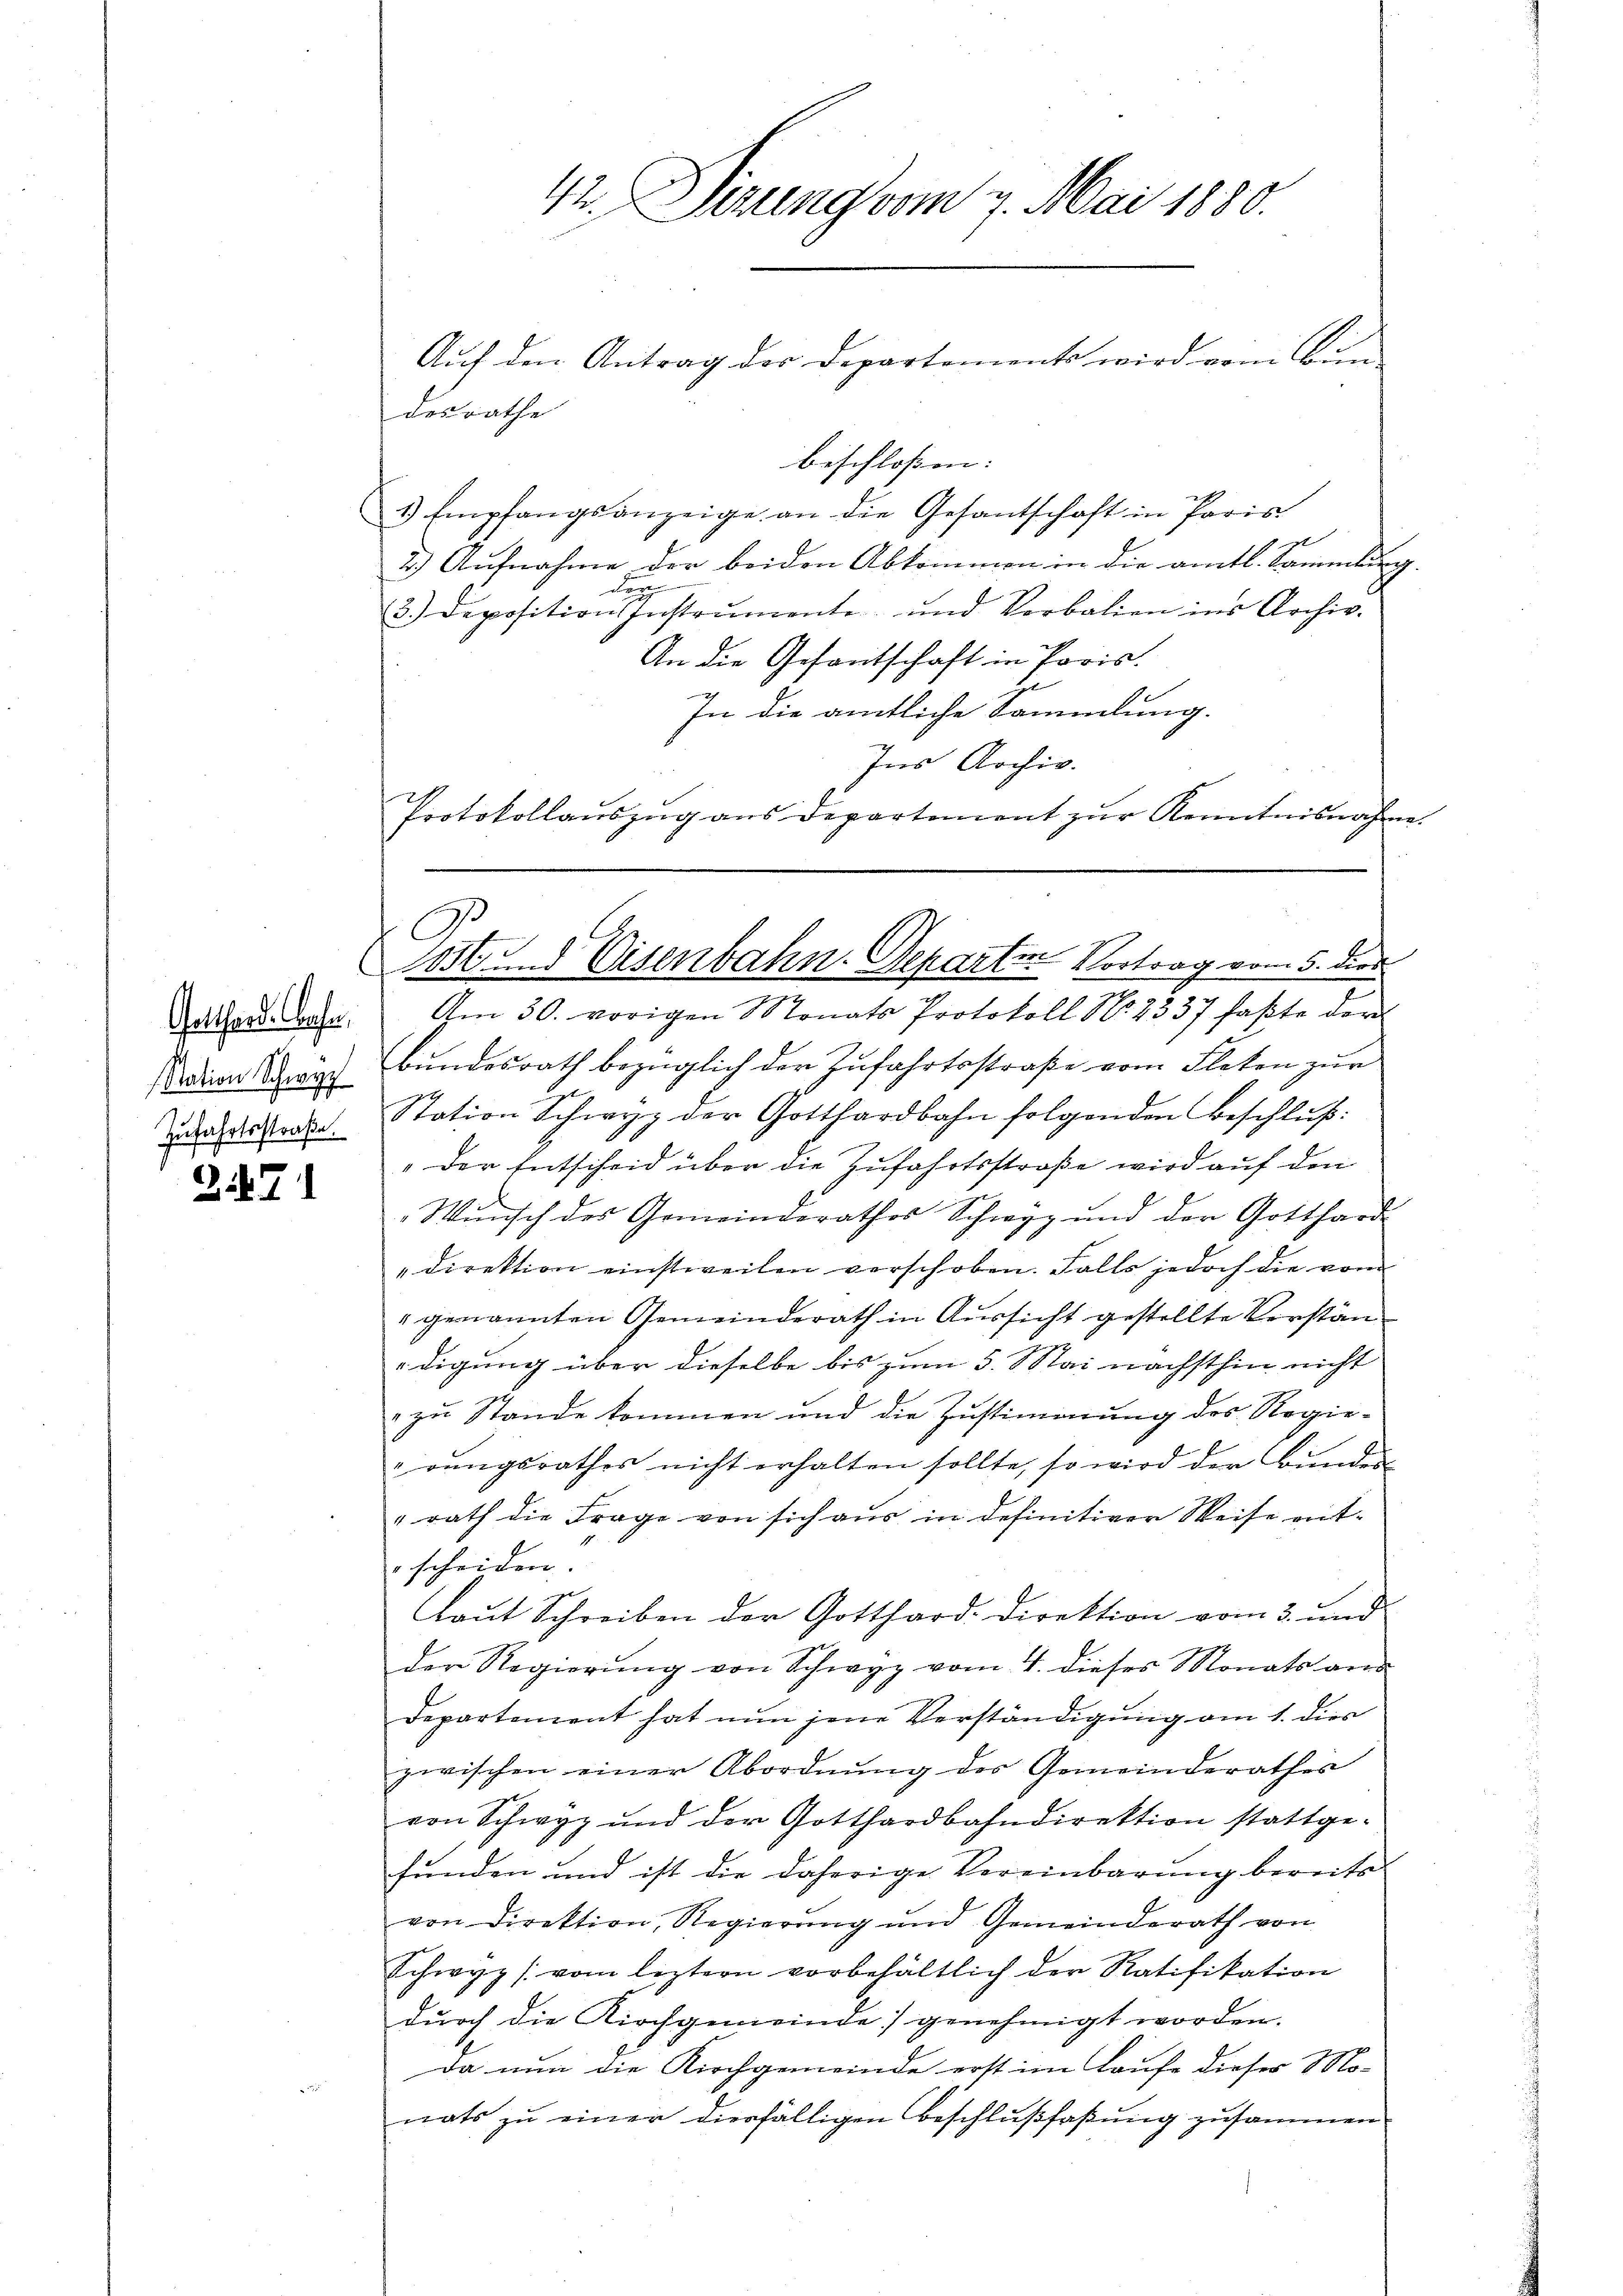
Gotthard. Caser,
Station Schwyz
Zufahrtsstraße.

371

Auf den Antrag der Departements wird vom Bien
desrathe
beschloßen:
3) Empfangsanzeige an die Gesantschaft in Paris
2.) Aufnahme der beiden Abkommen in die amtl. Sammlung.
de
3.) Depositions Instrumente und Verbalien ins Archiv.
An die Gefantschaft in Paris.
In die amtliche Sammlung.
Ins Archiv.
Protokollauszug aus Departement zur Kenntnisnahme.

C

42. Sierung vom 7. Mai 1880.

A
1856 und Eisenbahn. Departen Vortrag vom 5. dies

Am 30. vorigen Monats Protokoll No 2337 faßte der
Bundesrath bezüglich der Zufahrtsstraße vom Fleken zur
Station Schwyz der Gotthardbahn folgenden Beschluß:
"der Entscheid über die Zufahrtsstraße wird auf den
Wunsch des Gemeinderathes Schwyz und der Gotthard-
direktion einstweilen verschoben. Falls jedoch die vom
" genannten Gemeinderath in Aussicht gestellte Verstänedigung über dieselbe bis zum 5. Mai nächsthin nicht
" zu Stande kommen und die Zustimmung des Regierŭngsrathes nicht erhalten sollte, so wird der Bundes-
"rath die Frage von sich aus in definitiver Weise ent-
scheiden.
laut Schreiben der Gotthard. Direktion vom 3. und
der Regierŭng von Schwyz vom 4. dieses Monats ans
Departement hat nun jene Verständigung am 1. dies
zwischen einer Abordnung der Gemeinderathes
von Schwyz und der Gotthardbahndirektion stattge-
funden und ist die daherige Vereinbarung bereits
von Direktion, Regierung und Gemeinderath von
Schwyz (vom leztern vorbehältlich der Ratifikation
durch die Kirchgemeinde genehmigt worden.
Da nun die Kirchgemeinde erst im Laufe dieser Mo-
nats zu einer diesfälligen Beschlußfaßung zusammen